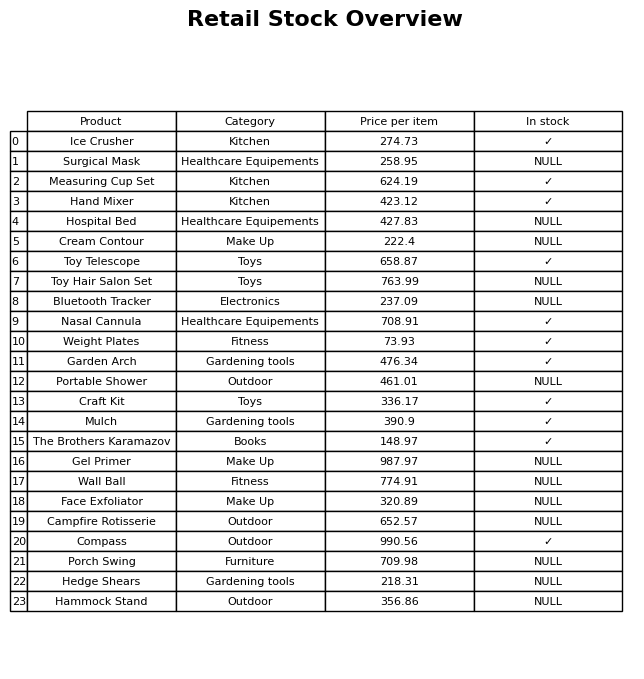
question: What is the price for Hand Mixer?
answer: The price of Hand Mixer is 423.12.